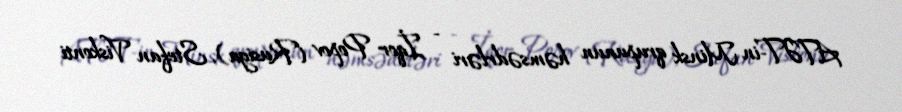
ATƏT-in Minsk qrupunun həmsədrləri - İqor Popov (Rusiya), Stefan Viskonti